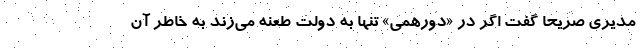
مدیری صریحا گفت اگر در «دورهمی» تنها به دولت طعنه می‌زند به خاطر آن